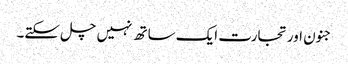
جنون اورتجارت ایک ساتھ نہیں چل سکتے۔